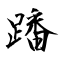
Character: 蹯